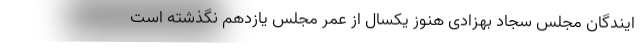
ایندگان مجلس سجاد بهزادی هنوز یکسال از عمر مجلس یازدهم نگذشته است